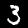
Digit: 3